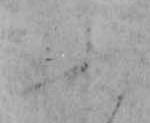
ふ